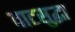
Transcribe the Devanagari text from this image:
वाटसुद्धा